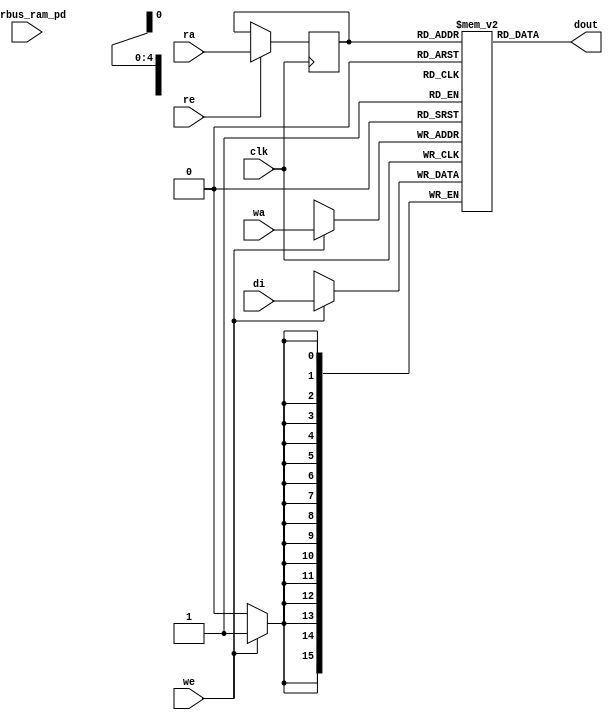
module nv_ram_rws_32x16 (
  clk,
  ra,
  re,
  dout,
  wa,
  we,
  di,
  pwrbus_ram_pd
);
parameter FORCE_CONTENTION_ASSERTION_RESET_ACTIVE=1'b0;
// port list
input clk;
input [4:0] ra;
input re;
output [15:0] dout;
input [4:0] wa;
input we;
input [15:0] di;
input [31:0] pwrbus_ram_pd;
//reg and wire list
reg [4:0] ra_d;
wire [15:0] dout;
reg [15:0] M [31:0];
always @( posedge clk ) begin
    if (we)
       M[wa] <= di;
end
always @( posedge clk ) begin
    if (re)
       ra_d <= ra;
end
assign dout = M[ra_d];
endmodule